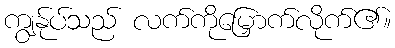
ကျွန်ုပ်သည် လက်ကိုမြှောက်လိုက်၏။